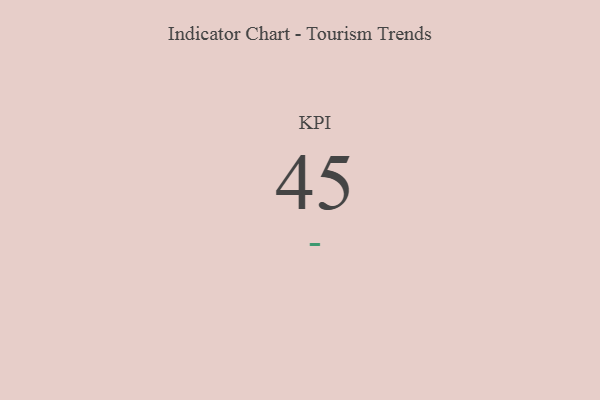
{"axis": {"x": "KPI", "y": "Value"}, "legend": [""], "data": [{"x": "KPI", "y": 45, "type": ""}]}